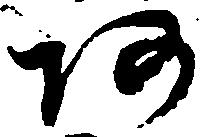
阿